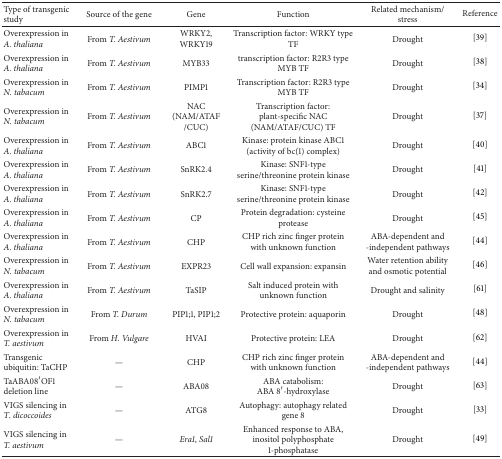
<table><thead><tr><td><b>Type of transgenic study</b></td><td><b>Source of the gene</b></td><td><b>Gene</b></td><td><b>Function</b></td><td><b>Related mechanism/stress</b></td><td><b>Reference</b></td></tr></thead><tbody><tr><td>Overexpression in <i>A. thaliana </i></td><td>From <i>T. Aestivum </i></td><td>WRKY2, WRKY19</td><td>Transcription factor: WRKY type TF</td><td>Drought</td><td>[39]</td></tr><tr><td>Overexpression in <i>A. thaliana </i></td><td>From <i>T. Aestivum </i></td><td>MYB33 </td><td>transcription factor: R2R3 type MYB TF</td><td>Drought</td><td>[38]</td></tr><tr><td>Overexpression in <i>N. tabacum </i></td><td>From <i>T. Aestivum </i></td><td>PIMP1</td><td>Transcription factor: R2R3 type MYB TF</td><td>Drought</td><td>[34]</td></tr><tr><td>Overexpression in <i>N. tabacum </i></td><td>From <i>T. Aestivum </i></td><td>NAC (NAM/ATAF /CUC)</td><td>Transcription factor: plant-specific NAC (NAM/ATAF/CUC) TF</td><td>Drought</td><td>[37]</td></tr><tr><td>Overexpression in <i>A. thaliana </i></td><td>From <i>T. Aestivum </i></td><td>ABC1</td><td>Kinase: protein kinase ABC1 (activity of bc(1) complex)</td><td>Drought</td><td>[40]</td></tr><tr><td>Overexpression in <i>A. thaliana </i></td><td>From <i>T. Aestivum </i></td><td>SnRK2.4</td><td>Kinase: SNF1-type serine/threonine protein kinase</td><td>Drought</td><td>[41]</td></tr><tr><td>Overexpression in <i>A. thaliana </i></td><td>From <i>T. Aestivum </i></td><td>SnRK2.7</td><td>Kinase: SNF1-type serine/threonine protein kinase</td><td>Drought</td><td>[42]</td></tr><tr><td>Overexpression in <i>A. thaliana </i></td><td>From <i>T. Aestivum </i></td><td>CP</td><td>Protein degradation: cysteine protease</td><td>Drought</td><td>[45]</td></tr><tr><td>Overexpression in <i>A. thaliana </i></td><td>From <i>T. Aestivum </i></td><td>CHP</td><td>CHP rich zinc finger protein with unknown function</td><td>ABA-dependent and -independent pathways</td><td>[44]</td></tr><tr><td>Overexpression in <i>N. tabacum </i></td><td>From <i>T. Aestivum </i></td><td>EXPR23</td><td>Cell wall expansion: expansin</td><td>Water retention ability and osmotic potential</td><td>[46]</td></tr><tr><td>Overexpression in <i>A. thaliana </i></td><td>From <i>T. Aestivum </i></td><td>TaSIP</td><td>Salt induced protein with unknown function</td><td>Drought and salinity</td><td>[61]</td></tr><tr><td>Overexpression in <i>N. tabacum </i></td><td>From <i>T. Durum </i></td><td>PIP1;1, PIP1;2</td><td>Protective protein: aquaporin</td><td>Drought </td><td>[48]</td></tr><tr><td>Overexpression in <i>T. aestivum </i></td><td>From <i>H. Vulgare </i></td><td>HVAI</td><td>Protective protein: LEA</td><td>Drought </td><td>[62]</td></tr><tr><td>Transgenic ubiquitin: TaCHP</td><td>—</td><td>CHP</td><td>CHP rich zinc finger protein with unknown function</td><td>ABA-dependent and -independent pathways</td><td>[44]</td></tr><tr><td>TaABA08′OF1 deletion line</td><td>—</td><td>ABA08</td><td>ABA catabolism:ABA 8′-hydroxylase</td><td>Drought </td><td>[63]</td></tr><tr><td>VIGS silencing in <i>T</i>. <i>dicoccoides </i></td><td>—</td><td>ATG8</td><td>Autophagy: autophagy related gene 8</td><td>Drought </td><td>[33]</td></tr><tr><td>VIGS silencing in <i>T. aestivum </i></td><td>—</td><td><i>Era1</i>, <i>Sal1 </i></td><td>Enhanced response to ABA, inositol polyphosphate 1-phosphatase</td><td>Drought </td><td>[49]</td></tr></tbody></table>